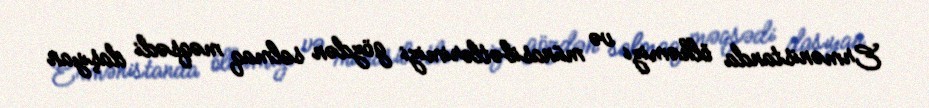
Ermənistanda ölkəmizi və münasibətlərimizi gözdən salmaq məqsədi daşıyan